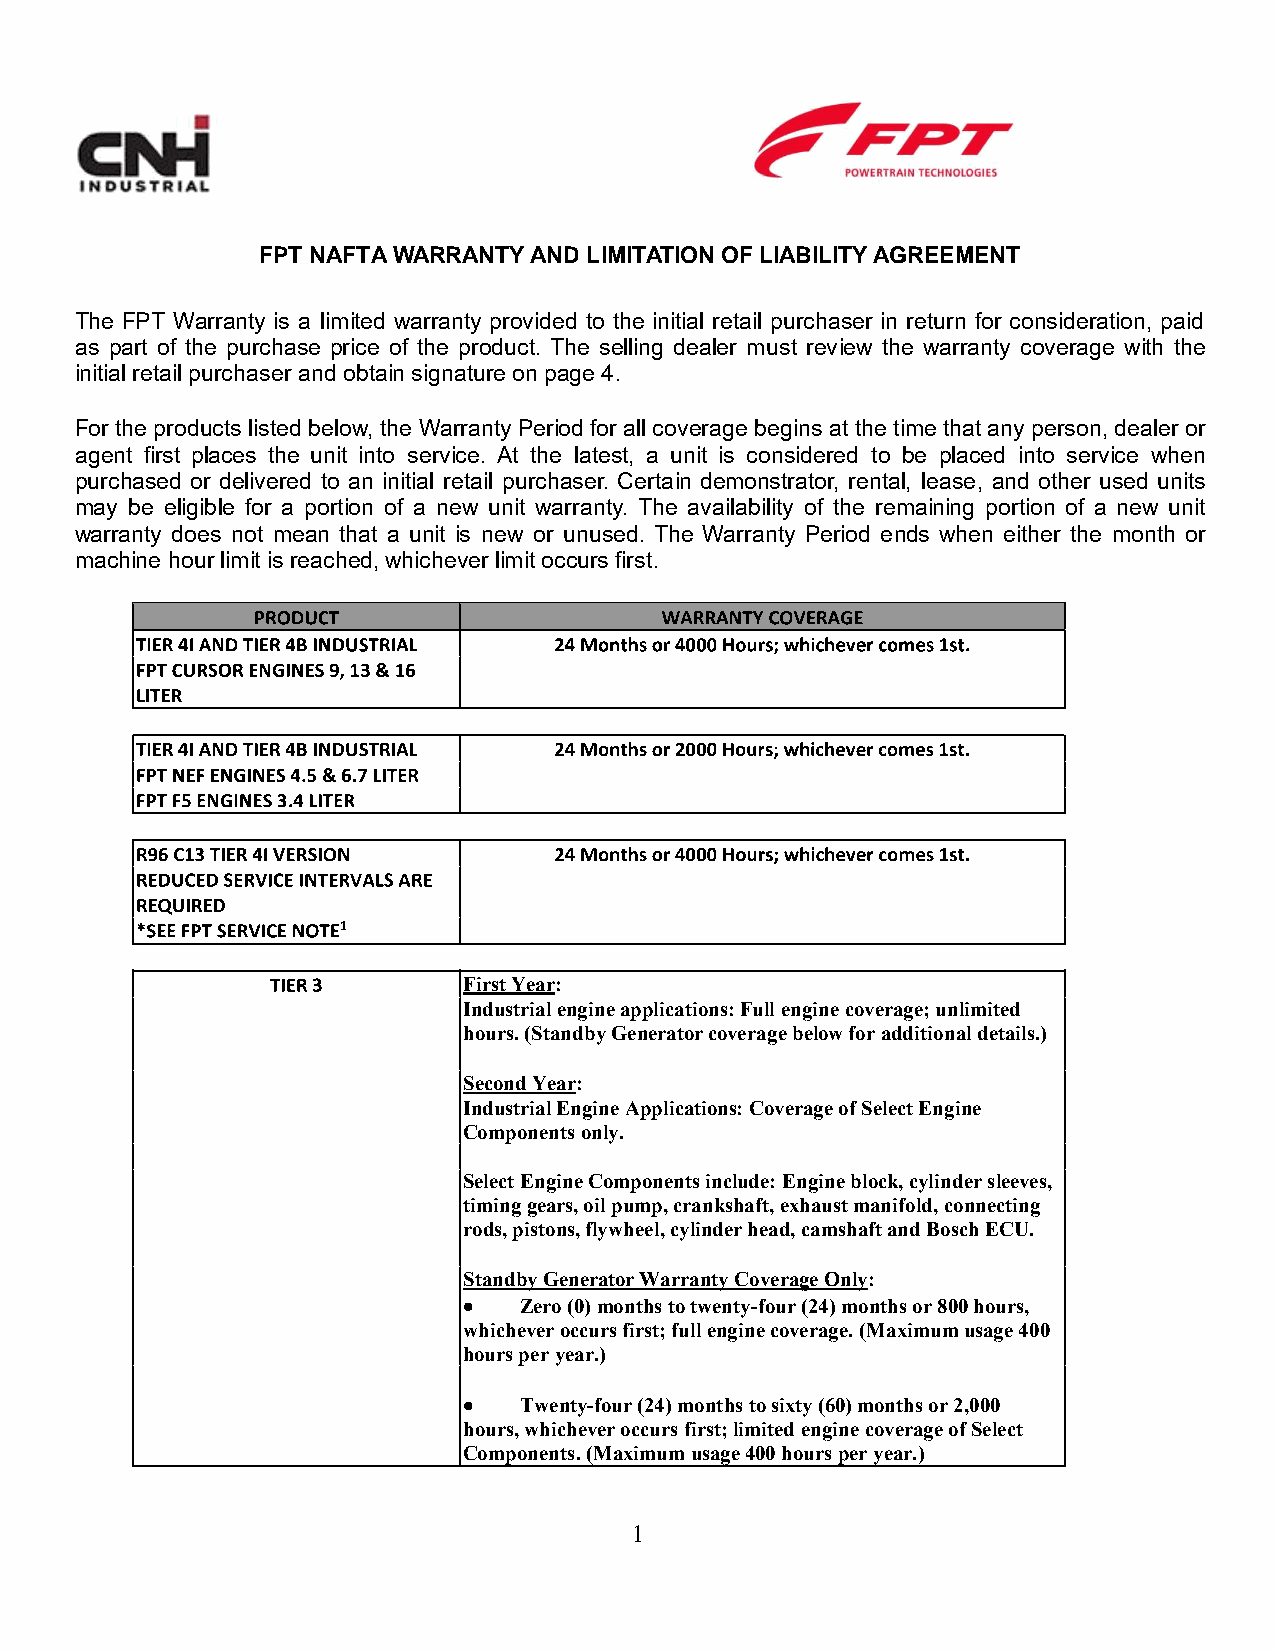
FPT NAFTA WARRANTY AND LIMITATION OF LIABILITY AGREEMENT
 The FPT Warranty is a limited warranty provided to the initial retail purchaser in return for consideration, paid
 as part of the purchase price of the product. The selling dealer must review the warranty coverage with the
 initial retail purchaser and obtain signature on page 4.
 For the products listed below, the Warranty Period for all coverage begins at the time that any person, dealer or
 agent first places the unit into service. At the latest, a unit is considered to be placed into service when
 purchased or delivered to an initial retail purchaser. Certain demonstrator, rental, lease, and other used units
 may be eligible for a portion of a new unit warranty. The availability of the remaining portion of a new unit
 warranty does not mean that a unit is new or unused. The Warranty Period ends when either the month or
 machine hour limit is reached, whichever limit occurs first.
 First Year:
 Industrial engine applications: Full engine coverage; unlimited
 hours. (Standby Generator coverage below for additional details.)
 Second Year:
 Industrial Engine Applications: Coverage of Select Engine
 Components only.
 Select Engine Components include: Engine block, cylinder sleeves,
 timing gears, oil pump, crankshaft, exhaust manifold, connecting
 rods, pistons, flywheel, cylinder head, camshaft and Bosch ECU.
 Standby Generator Warranty Coverage Only:
 Zero (0) months to twenty-four (24) months or 800 hours,
 whichever occurs first; full engine coverage. (Maximum usage 400
 hours per year.)
 Twenty-four (24) months to sixty (60) months or 2,000
 hours, whichever occurs first; limited engine coverage of Select
 Components. (Maximum usage 400 hours per year.)
 1